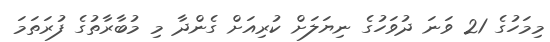
މިމަހުގެ 21 ވަނަ ދުވަހުގެ ނިޔަލަށް ކުރިއަށް ގެންދާ މި މުބާރާތުގެ ފުރަތަމަ